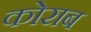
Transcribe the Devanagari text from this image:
कोराब